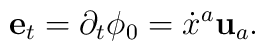
{\bf e}_t=\partial_t\phi_0=\dot x^a{\bf u}_a.